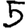
Digit: 5